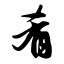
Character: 肴